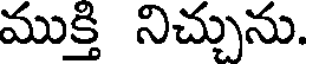
ముక్తి నిచ్చును.